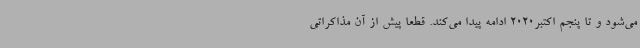
می‌شود و تا پنجم اکتبر2020 ادامه پیدا می‌کند. قطعا پیش از آن مذاکراتی